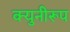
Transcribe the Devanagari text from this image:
क्युनीरूप